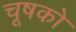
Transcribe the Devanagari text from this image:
चूषको